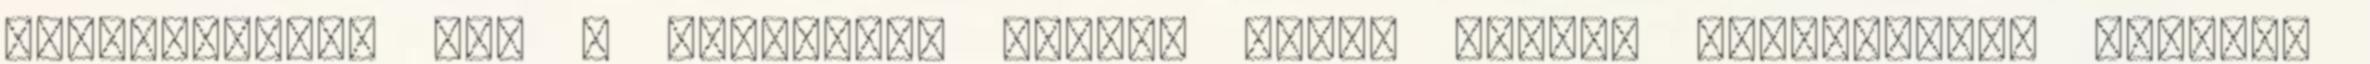
fölmelegszik és. A karácsony előtti hetet "hideg szalon"-nak mondják